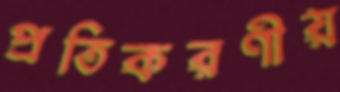
প্রতিকরণীয়